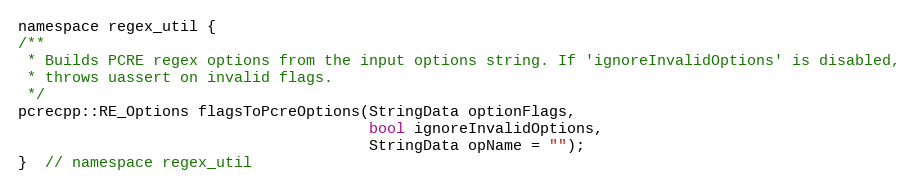
Language: C
namespace regex_util {
/**
 * Builds PCRE regex options from the input options string. If 'ignoreInvalidOptions' is disabled,
 * throws uassert on invalid flags.
 */
pcrecpp::RE_Options flagsToPcreOptions(StringData optionFlags,
                                       bool ignoreInvalidOptions,
                                       StringData opName = "");
}  // namespace regex_util